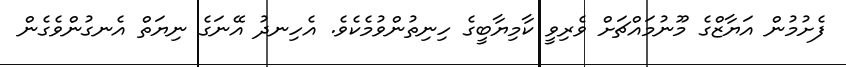
ފެށުމުން އަޔާޒްގެ މޫނުމައްޗަށް ވެރިވީ ކާމިޔާބީގެ ހިނިތުންވުމެކެވެ. އެހިނދު އޭނަގެ ނިޔަތް އެނގުންވެގެން